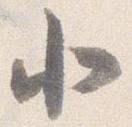
北